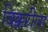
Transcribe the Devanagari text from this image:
विक्करीला